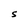
Character: S